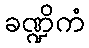
ခဏ္ဍိကံ